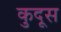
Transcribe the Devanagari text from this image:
कुदूस